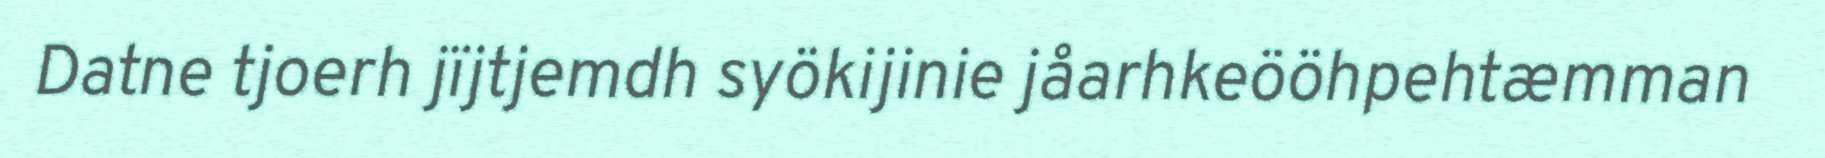
Datne tjoerh jïjtjemdh syökijinie jåarhkeööhpehtæmman